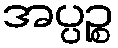
အပ္ပဉ္စ